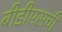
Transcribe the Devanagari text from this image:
बीडीएसची